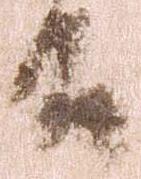
殿